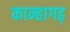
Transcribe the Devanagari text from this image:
कान्हागढ़